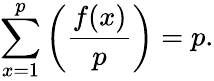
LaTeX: \sum_{x=1}^{p}\left({\frac{f(x)}{p}}\right)=p.